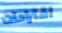
اقتراحات